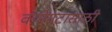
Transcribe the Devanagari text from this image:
वयोगटासाठी